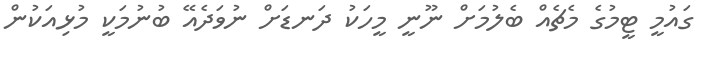
ގައުމީ ޓީމުގެ މެޗެއް ބެލުމަށް ނޫނީ މީހަކު ދަނޑަށް ނުވަދެއޭ ބުނުމަކީ މުޅިއަކުން